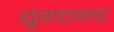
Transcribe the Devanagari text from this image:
यूंगटागट